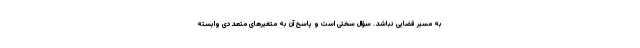
به مسیر قضایی نباشد. سؤال سختی است و پاسخ آن به متغیرهای متعددی وابسته